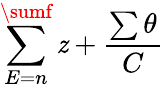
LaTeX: \sum\limits_{E=n}^{\sumf}\mathit{z}+\frac{{\sum\theta}}{{C}}